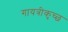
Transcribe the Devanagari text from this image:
गायत्रीकृच्छ